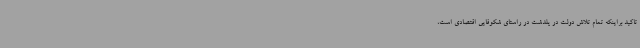
تاکید براینکه تمام تلاش دولت در پلدشت در راستای شکوفایی اقتصادی است،